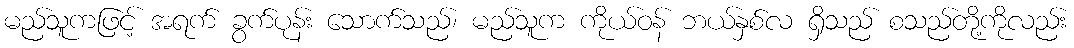
မည်သူကဖြင့် အရက် ခွက်ပုန်း သောက်သည်၊ မည်သူက ကိုယ်ဝန် ဘယ်နှစ်လ ရှိသည် စသည်တို့ကိုလည်း